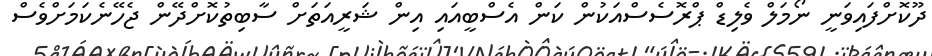
ދޫކޮށްފައިވަނީ ނޯމަލް ވެލިޑް ޕްރޮސެސްއަކުން ކަން އެސްބީއައި އިން ޝަރީއަތަށް ސާބިތުކޮށްދޭން ޖެހޭނެކަމަށްވެސް